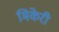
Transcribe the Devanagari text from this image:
मिकेरी